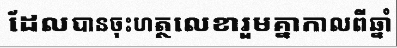
ដែលបានចុះហត្ថលេខារួមគ្នាកាលពីឆ្នាំ